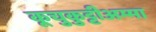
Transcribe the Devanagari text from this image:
कूचुकुट्टीअम्मा